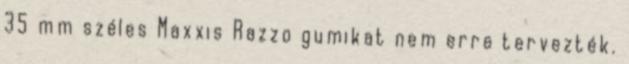
35 mm széles Maxxis Razzo gumikat nem erre tervezték.